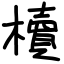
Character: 櫝